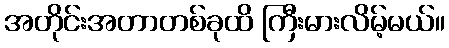
အတိုင်းအတာတစ်ခုထိ ကြီးမားလိမ့်မယ်။